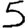
Digit: 5